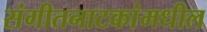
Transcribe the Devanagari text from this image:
संगीतनाटकांमधील